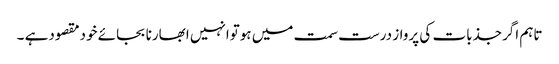
تاہم اگرجذبات کی پرواز درست سمت میں ہوتوانہیں ابھارنا بجائے خودمقصودہے ۔